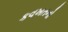
કવખતનો